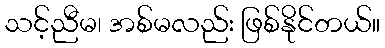
သင့်ညီမ၊ အစ်မလည်း ဖြစ်နိုင်တယ်။